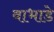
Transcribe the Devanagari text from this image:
वाभाडे